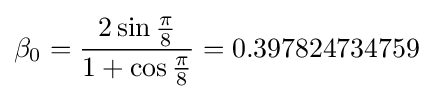
\beta _{0}={\frac {2\sin {\frac {\pi }{8}}}{1+\cos {\frac {\pi }{8}}}}=0.397824734759